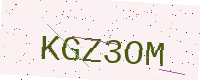
Text: KGZ3OM